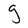
Character: g